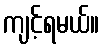
ကျင့်ရမယ်။